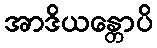
အာဒိယန္တောပိ